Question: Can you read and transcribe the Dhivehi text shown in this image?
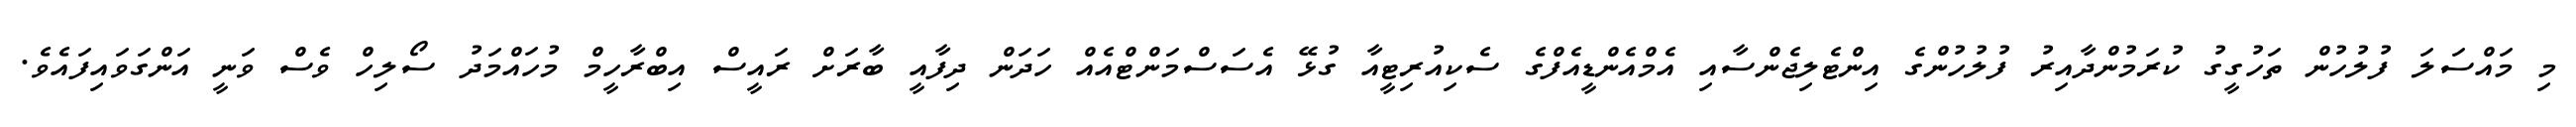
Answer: މި މައްސަލަ ފުލުހުން ތަހުގީގު ކުރަމުންދާއިރު ފުލުހުންގެ އިންޓެލިޖެންސާއި އެމްއެންޑީއެފްގެ ސެކިއުރިޓީއާ ގުޅޭ އެސަސްމަންޓްއެއް ހަދަން ދިފާއީ ބާރަށް ރައީސް އިބްރާހީމް މުހައްމަދު ސޯލިހް ވެސް ވަނީ އަންގަވައިފައެވެ.